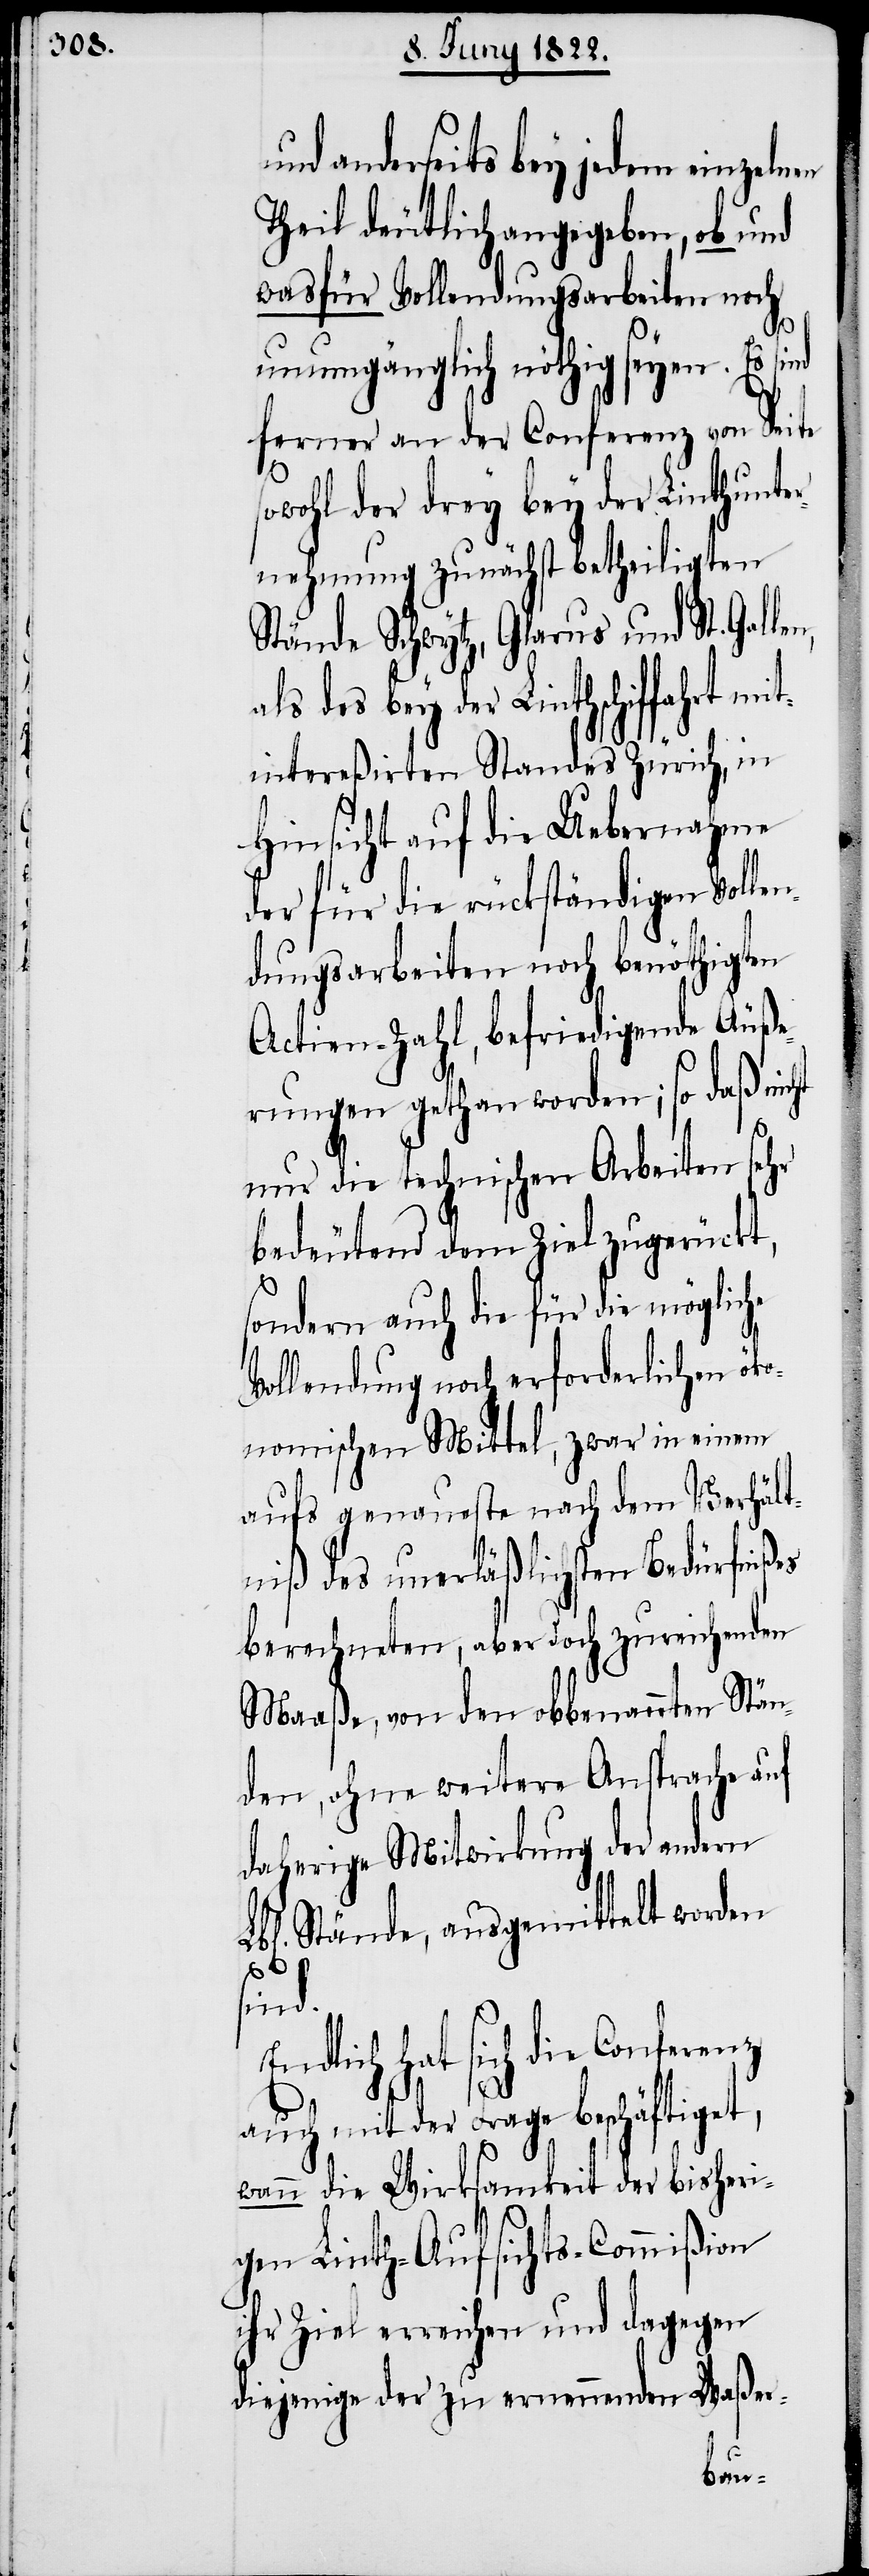
und anderseits bey jedem einzelnen
Theil deutlich angegeben, ob und
wasfür Vollendungsarbeiten noch
unumgänglich nöthig seyen. Es sind
ferner an der Conferenz an Seite
owohl der drey bey der Linthunte¬
rnehmung zunächst betheiligten
Stände Schwytz, Glarus und St. Galle¬
als des bey der Linthschiffahrt mi¬
tintereßirten Standes Zürich, in
Hinsicht auf die Uebernahme
der für die rückständigen Volle¬
ndungsarbeiten noch benöthigten
Actien-Zahl, befriedigende Äuße¬
rungen gethan worden; so daß nicht
n,
nur die technischen Arbeiten sehr
bedeutend dem Ziel zugerückt,
sondern auch die für die mögliche
Vollendung noch erforderliche öko¬
nomischen Mittel, zwar in einem
aufs genaueste nach dem Verhält¬
niß des unerläßlichsten Bedürfnißes
berechneten, aber doch zureichenden
Maaße, von den obbemeldten Stän¬
den, ohne weitere Ansprache auf
daherige Mitwirkung der andern
Lbl. Stände, ausgemittelt worden
sind.
Endlich hat sich die Conferenz
auch mit der Frage beschäftiget,
wann die Wirksamkeit der bisheri¬
gen Linth-Aufsichts-Commißion
ihr Ziel erreiche, und dagegen
diejenige der zu ernennenden Waßer-